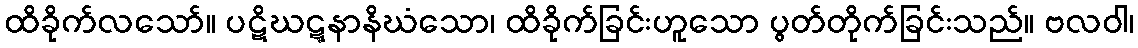
ထိခိုက်လသော်။ ပဋိဃဋ္ဋနာနိဃံသော၊ ထိခိုက်ခြင်းဟူသော ပွတ်တိုက်ခြင်းသည်။ ဗလဝါ၊